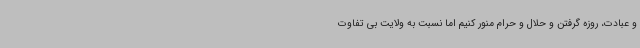
و عبادت، روزه گرفتن و حلال و حرام منور کنیم اما نسبت به ولایت بی تفاوت